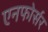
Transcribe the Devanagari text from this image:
एनफोर्सर